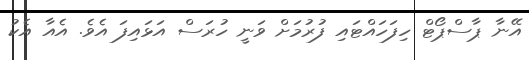
އޭނާ ޕާސްޕޯޓް ހިފަހައްޓައި ފުރުމަށް ވަނީ ހުރަސް އަޅައިފަ އެވެ. އެއާ އެކު